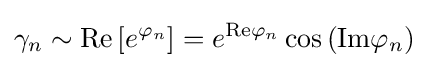
\gamma _{n}\sim \mathrm {Re} \left[e^{\varphi _{n}}\right]=e^{\mathrm {Re} \varphi _{n}}\cos \left(\mathrm {Im} \varphi _{n}\right)